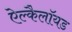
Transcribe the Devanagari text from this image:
ऐल्कैलॉयड